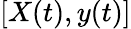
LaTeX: [X(t),y(t)]